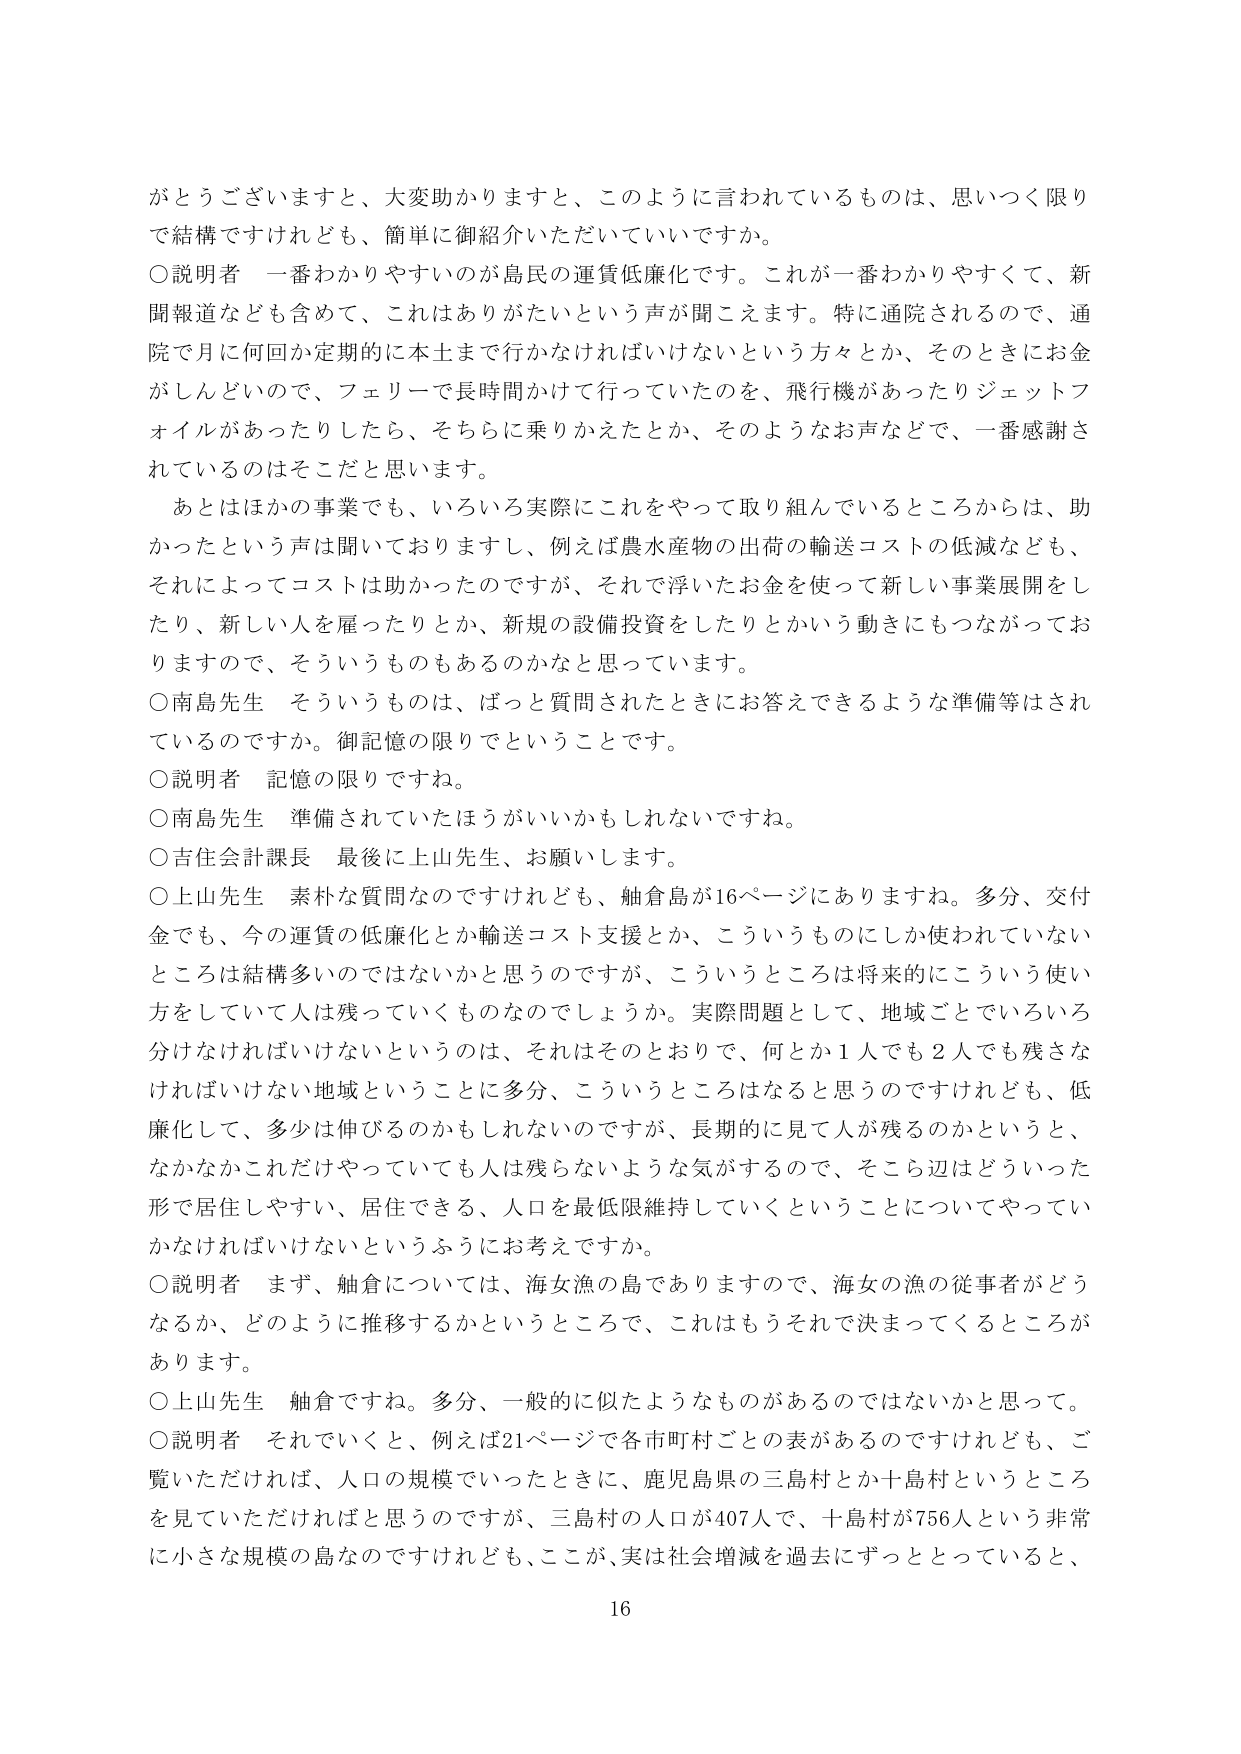
がとうございますと、大変助かりますと、このように言われているものは、思いつく限り
で結構ですけれども、簡単に御紹介いただいていいですか。
○説明者 一番わかりやすいのが島民の運賃低廉化です。これが一番わかりやすくて、新
聞報道なども含めて、これはありがたいという声が聞こえます。特に通院されるので、通
院で月に何回か定期的に本土まで行かなければならないという方々とか、そのときにお金
がしんどいので、フェリーで長時間かけて行っていたのを、飛行機があったりジェットフ
ォイルがあったりしたら、そちらに乗りかえたとか、そのようなお声などで、一番感謝さ
れているのはそこだと思います。
あとはほかの事業でも、いろいろ実際にこれをやって取り組んでいるところからは、助
かったという声は聞いておりますし、例えば農水産物の出荷の輸送コストの低減なども、
それによってコストは助かったのですが、それで浮いたお金を使って新しい事業展開をし
たり、新しい人を雇ったりとか、新規の設備投資をしたりとかいう動きにもつながってお
りますので、そういうものもあるのかなと思っています。
○南島先生 そういうものは、ばっと質問されたときにお答えできるような準備等はされ
ているのですか。御記憶の限りでということです。
○説明者 記憶の限りですね。
○南島先生 準備されていたほうがいいかもしれないですね。
○吉住会計課長 最後に上山先生、お願いします。
○上山先生 素朴な質問なのですけれども、舳倉島が16ページにありますね。多分、交付
金でも、今の運賃の低廉化とか輸送コスト支援とか、こういうものにしか使われていない
ところは結構多いのではないかなと思うのですが、こういうところは将来的にこういう使い
方をしていて人は残っていくものなのでしょうか。実際問題として、地域ごとでいろいろ
分なければならないというのは、それはそのとおりで、何とか1人でも2人でも残さな
ければいけない地域ということに多分、こういうところはなると思うのですけれども、低
廉化して、多少は伸びるのかもしれないのですが、長期的に見て人が残るのかというと、
なかなかこれだけやっていても人は残らないような気がするので、そこら辺はどういった
形で居住しやすい、居住できる、人口を最低限維持していくということについてやってい
かなければならないというふうにお考えですか。
○説明者 まず、舳倉については、海女漁の島でありますので、海女の漁の従事者がどう
なるか、どのように推移するかというところで、これはもうそれで決まってくるところが
あります。
○上山先生 舳倉ですね。多分、一般的に似たようなものがあるのではないかと思って。
○説明者 それていくと、例えば21ページで各市町村ごとの表があるのですけれども、ご
覧いただければ、人口の規模でいったときに、鹿児島県の三島村とか十島村というところ
を見ていただければと思うのですが、三島村の人口が407人で、十島村が756人という非常
に小さな規模の島なのですけれども、ここが、実は社会増減を過去にずっととっていると、
16